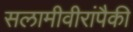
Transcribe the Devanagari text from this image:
सलामीवीरांपैकी